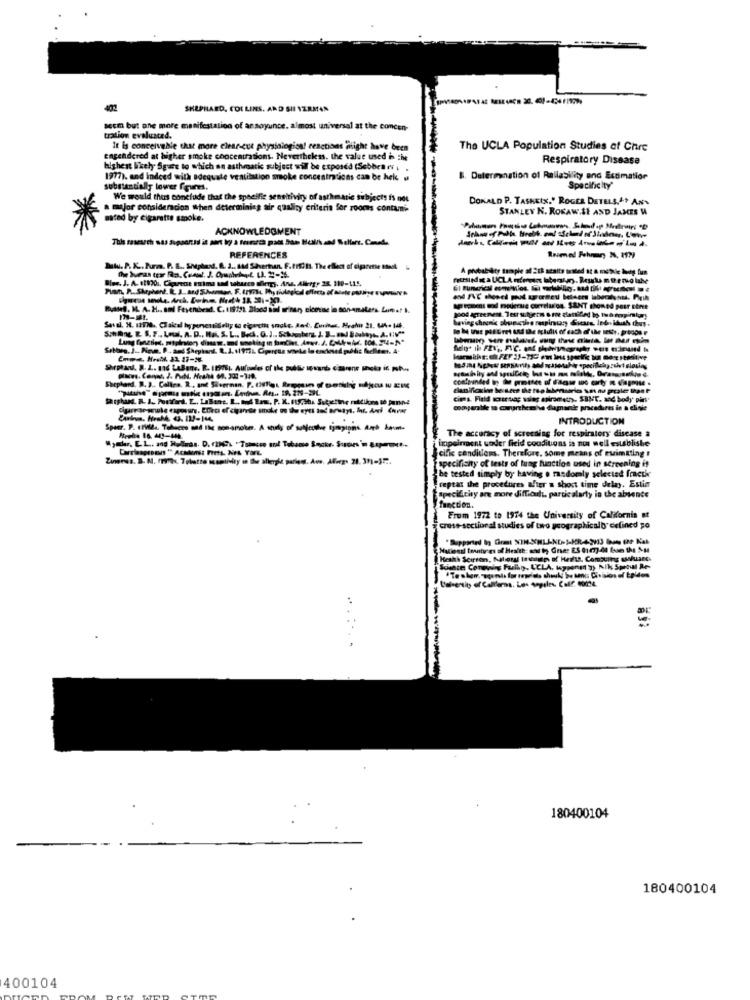
SHEPHARD. COLLINS. AND SII VZRMAN
secm but one more manifestation of an soyunce, almost universal at the concen-
tration evaluated.
It is conceivable that more clear-cut physiological reactions alight have been
The UCLA Population Studies of Chrc
engendered at higher smoke concentrations. Nevertheless, the value used in the
Respiratory Disease
highest likely Sgate to which an asthmatic subject will be exposed (Sebben rvi
1977). and indeed with adequate ventilation smoke concentrations can be hek
B. Determination of Reliability and Estimation
substantially lower figures.
Specificity'
We would thus conclude that the specific sensitivity of asthmatic subjects is not
DONALD P. TASHEIX." ROGER DETELS."+ ANY
a major consideracion When determining air quality criteria for rooms contammi-
STANLEY K. ROKAW.SE AND JAMES W
mted by cigarette smoke.
ACKNOWLEDGMENT
REFERENCES
Mitu. P. K .. Purm. P. B ., Shephard. A. a .. Bad Shvertan. F. f17 h1. The ellect of cigarette tanek
Rullef. M. A. H ., ami Feyenbesd. C. 115?m. Blses sill urinary, cicetac in son-amaters. Limar 1.
apeprent wod podersie correlation. SENT shomed posr stree
having shrunk obunuctive respirary Sucasa, Inde. idush thus.
1004 derrenveni. Tesr skjerm a me glamtilled by, too empintor!
cima Field worst saç slag entromethy. SINT. and body' pins-
comparabile m @wurthesha damande procedures in a eligle
INTRODUCTION
The accuracy of screening for respiratory disease a
Mentre 16. 443-444
impairment under freid conditions is not well establishe
cific conditions. Therefore, some means of esimtting !
specificity of tests of lung function used in screening it
be tested simply by having o randomly selected fraetk
ceptat the procedures after a short time delay. Estin
Opecilcity are more diffioch, particularly in the absence
function.
From 1972 to 1974 the University of California at
cross-sectional studies of two geographicalb defined po
Heath Seirren, Adliotal trump of Health. Comguing awkLasc.
Schate Corewings Farkty, UCLA, koppene 3) Nik Sproul Ae-
Vallensit of Calllerna. Les sopales. Calf. 00024.
To whom, "agents for repeints should be bens Civisions of toldos
180400104
180400104
400104